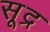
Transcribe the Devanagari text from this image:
सूद्र